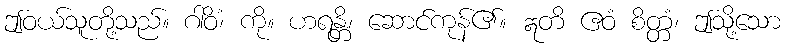
ဤဝယ်သူတို့သည်။ ဂါဝိံ၊ ကို။ ဟရန္တိ၊ ဆောင်ကုန်၏။ ဣတိ ဧဝံ စိတ္တံ၊ ဤသို့သော